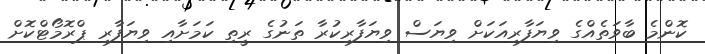
ކޮންމެ ބާވަތެއްގެ ވިޔަފާރިއަކަށް ވިޔަސް ވިޔަފާރިކުރާ ތަނުގެ ރީތި ކަމަށާއި ވިޔަފާރި ޕްރޮމޯޓްކޮށް